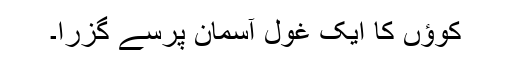
کوؤں کا ایک غول آسمان پرسے گزرا۔